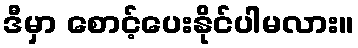
ဒီမှာ စောင့်ပေးနိုင်ပါမလား။